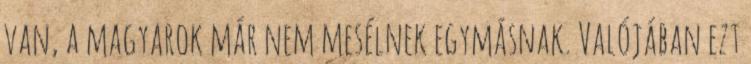
van, a magyarok már nem mesélnek egymásnak. Valójában ezt